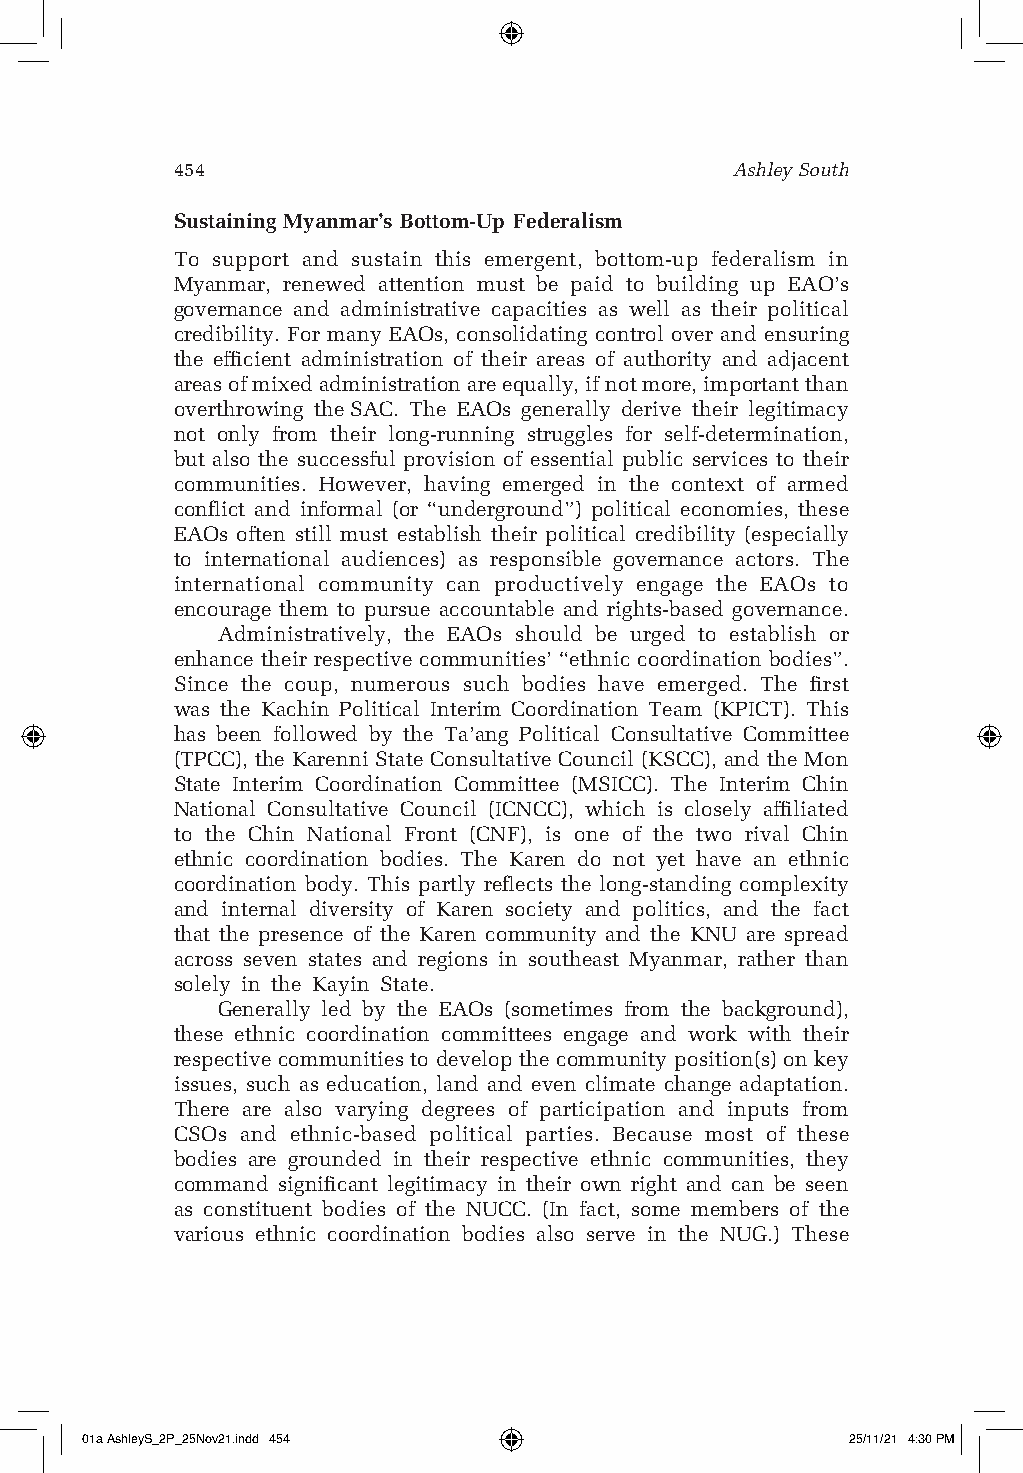
454                                  Ashley South
 Sustaining Myanmar’s Bottom-Up Federalism
 To support and sustain this emergent, bottom-up federalism in
 Myanmar, renewed attention must be paid to building up EAO’s
 governance and administrative capacities as well as their political
 credibility. For many EAOs, consolidating control over and ensuring
 the efficient administration of their areas of authority and adjacent
 areas of mixed administration are equally, if not more, important than
 overthrowing the SAC. The EAOs generally derive their legitimacy
 not only from their long-running struggles for self-determination,
 but also the successful provision of essential public services to their
 communities. However, having emerged in the context of armed
 conflict and informal (or “underground”) political economies, these
 EAOs often still must establish their political credibility (especially
 to international audiences) as responsible governance actors. The
 international community can productively engage the EAOs to
 encourage them to pursue accountable and rights-based governance.
 Administratively, the EAOs should be urged to establish or
 enhance their respective communities’ “ethnic coordination bodies”.
 Since the coup, numerous such bodies have emerged. The first
 was the Kachin Political Interim Coordination Team (KPICT). This
 has been followed by the Ta’ang Political Consultative Committee
 (TPCC), the Karenni State Consultative Council (KSCC), and the Mon
 State Interim Coordination Committee (MSICC). The Interim Chin
 National Consultative Council (ICNCC), which is closely affiliated
 to the Chin National Front (CNF), is one of the two rival Chin
 ethnic coordination bodies. The Karen do not yet have an ethnic
 coordination body. This partly reflects the long-standing complexity
 and internal diversity of Karen society and politics, and the fact
 that the presence of the Karen community and the KNU are spread
 across seven states and regions in southeast Myanmar, rather than
 solely in the Kayin State.
 Generally led by the EAOs (sometimes from the background),
 these ethnic coordination committees engage and work with their
 respective communities to develop the community position(s) on key
 issues, such as education, land and even climate change adaptation.
 There are also varying degrees of participation and inputs from
 CSOs and ethnic-based political parties. Because most of these
 bodies are grounded in their respective ethnic communities, they
 command significant legitimacy in their own right and can be seen
 as constituent bodies of the NUCC. (In fact, some members of the
 various ethnic coordination bodies also serve in the NUG.) These
 01a AshleyS_2P_25Nov21.indd 454                    25/11/21 4:30 PM